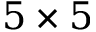
5 \times 5